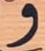
و